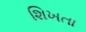
શિખતા